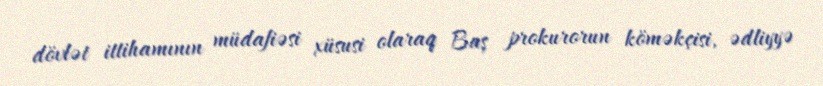
dövlət ittihamının müdafiəsi xüsusi olaraq Baş prokurorun köməkçisi, ədliyyə